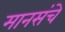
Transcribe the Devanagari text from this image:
मानसंचे